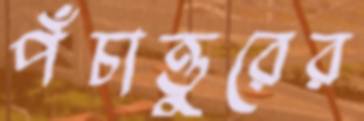
পঁচাত্তুরের